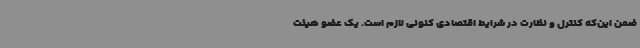
ضمن این‌که کنترل و نظارت در شرایط اقتصادی کنونی لازم است. یک عضو هیئت